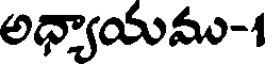
అధ్యాయము-1